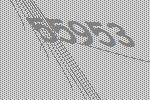
55953